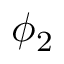
\phi _ { 2 }